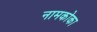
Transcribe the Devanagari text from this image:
नामकोका